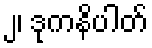
၂၊ ဒုကနိပါတ်